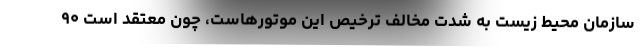
سازمان محیط زیست به شدت مخالف ترخیص این موتورهاست، چون معتقد است ۹۰